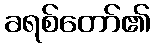
ခရစ်တော်၏